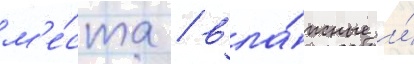
м'е́ста / вла́жные и́